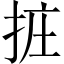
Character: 𢬂